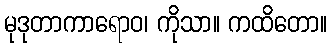
မုဒုတာကာရောဝ၊ ကိုသာ။ ကထိတော။